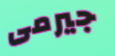
جيرمى